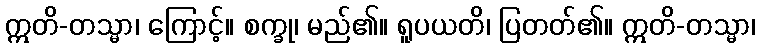
ဣတိ-တသ္မာ၊ ကြောင့်။ စက္ခု၊ မည်၏။ ရူပယတိ၊ ပြတတ်၏။ ဣတိ-တသ္မာ၊